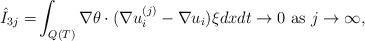
LaTeX: \begin{align*}\hat{I}_{3j} = & \int_{Q(T)} \nabla \theta \cdot ( \nabla u_i^{(j)} - \nabla u_i) \xi dx dt \to 0\mbox{ as } j \to \infty, \end{align*}